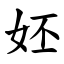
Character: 㚰